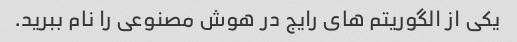
یکی از الگوریتم های رایج در هوش مصنوعی را نام ببرید.